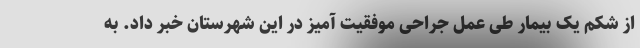
از شکم یک بیمار طی عمل جراحی موفقیت آمیز در این شهرستان خبر داد. به